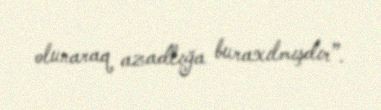
olunaraq azadlığa buraxılmışdır”.